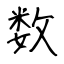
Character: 数